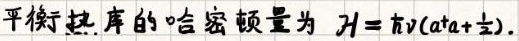
平衡热库的哈密顿量为 $\mathcal{H}=\hbar\omega(a^{+}a+\frac{1}{2})$.